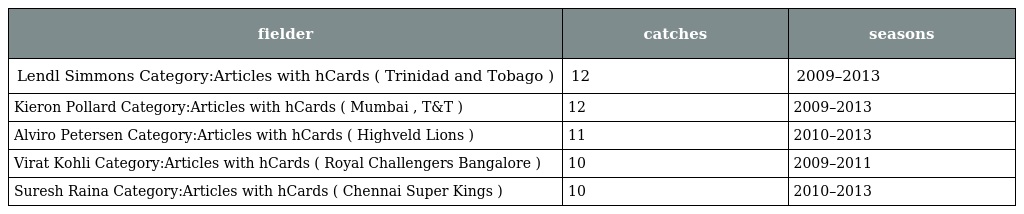
| fielder | catches | seasons |
 | --- | --- | --- |
 | Lendl Simmons Category:Articles with hCards ( Trinidad and Tobago ) | 12 | 2009–2013 |
 | Kieron Pollard Category:Articles with hCards ( Mumbai , T&T ) | 12 | 2009–2013 |
 | Alviro Petersen Category:Articles with hCards ( Highveld Lions ) | 11 | 2010–2013 |
 | Virat Kohli Category:Articles with hCards ( Royal Challengers Bangalore ) | 10 | 2009–2011 |
 | Suresh Raina Category:Articles with hCards ( Chennai Super Kings ) | 10 | 2010–2013 |